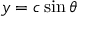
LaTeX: y = c \sin \theta